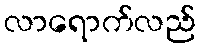
လာရောက်လည်